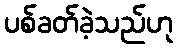
ပစ်ခတ်ခဲ့သည်ဟု